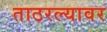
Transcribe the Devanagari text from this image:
ताठरल्यावर